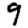
Digit: 9